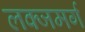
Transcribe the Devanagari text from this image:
लक्जमर्ग